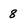
Character: 8